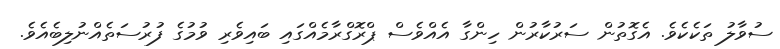
ސުވާލު ތަކެކެވެ. އެގޮތުން ސަރުކާރުން ހިންގާ އެއްވެސް ޕްރޮގްރާމެއްގައި ބައިވެރި ވުމުގެ ފުރުސަތެއްނުލިބެއެވެ.